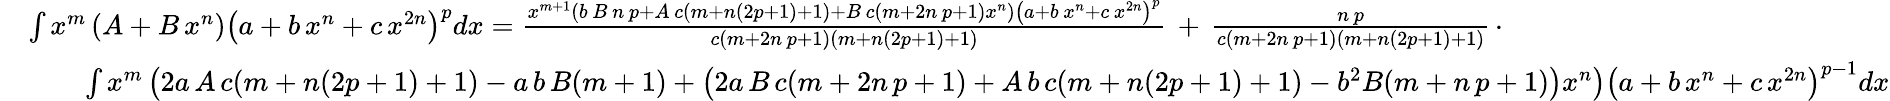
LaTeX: {\begin{array}{rl}&{\int x^{m}\left(A+B\, x^{n}\right)\left(a+b\, x^{n}+c\, x^{2n}\right)^{p}dx={\frac{x^{m+1}\left(b\, B\, n\, p+A\, c(m+n(2p+1)+1)+B\, c(m+2n\, p+1)x^{n}\right)\left(a+b\, x^{n}+c\, x^{2n}\right)^{p}}{c(m+2n\, p+1)(m+n(2p+1)+1)}}\, +\, {\frac{n\, p}{c(m+2n\, p+1)(m+n(2p+1)+1)}}\, \cdot}\\ &{\qquad\int x^{m}\left(2a\, A\, c(m+n(2p+1)+1)-a\, b\, B(m+1)+\left(2a\, B\, c(m+2n\, p+1)+A\, b\, c(m+n(2p+1)+1)-b^{2}B(m+n\, p+1)\right)x^{n}\right)\left(a+b\, x^{n}+c\, x^{2n}\right)^{p-1}dx}\end{array}}